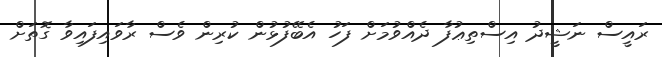
ރައީސް ނަޝީދު އިސްތިޢުފާ ދެއްވުމަށް ފަހު އެބޭފުޅުން ކުރިން ވެސް ރާވައިފައިވާ ގޮތަށް